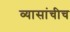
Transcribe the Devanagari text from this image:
व्यासांचीच